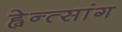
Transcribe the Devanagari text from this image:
ह्वेन्त्सांग